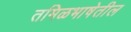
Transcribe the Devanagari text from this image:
तमिळभाषेतील